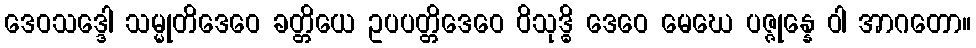
ဒေဝသဒ္ဒေါ သမ္မုတိဒေဝေ ခတ္တိယေ ဥပပတ္တိဒေဝေ ဝိသုဒ္ဓိ ဒေဝေ မေဃေ ပဇ္ဇုန္နေ ဝါ အာဂတော။